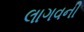
લાગવની